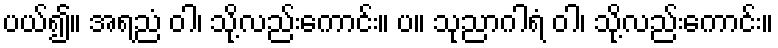
ပယ်၍။ အရညံ ဝါ၊ သို့လည်းကောင်း။ ပ။ သုညာဂါရံ ဝါ၊ သို့လည်းကောင်း။